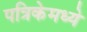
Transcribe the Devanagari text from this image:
पत्रिकेमध्ये